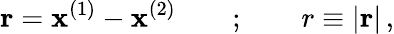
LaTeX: \mathbf{r}=\mathbf{x}^{(1)}-\mathbf{x}^{(2)}\qquad;\qquad r\equiv|\mathbf{r}|\, ,